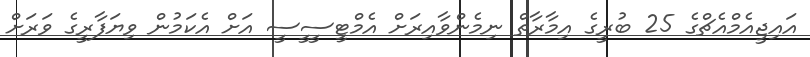
އައިޖީއެމްއެޗްގެ 25 ބުރީގެ އިމާރާތް ނިމެންވާއިރަށް އެމްޓީސީީސީ އަށް އެކަމުން ވިޔަފާރީގެ ވަރަށް